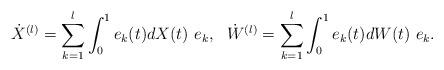
LaTeX: \begin{align*}\dot{X}^{(l)}= \sum_{k=1}^l \int_0^1 e_k(t)dX(t)\ e_k, \ \ \dot{W}^{(l)}=\sum_{k=1}^l \int_0^1 e_k(t)dW(t)\ e_k.\end{align*}